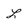
Character: L